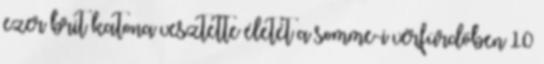
ezer brit katona vesztette életét a somme-i vérfürdőben 10